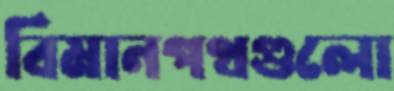
বিমানপথগুলো